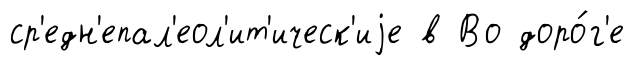
ср'едн'епал'еол'ит'ическ'иjе в Во доро́г'е